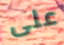
على